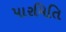
પારમિતિ